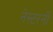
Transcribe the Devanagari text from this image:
नेस्टरनीं